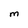
Character: M